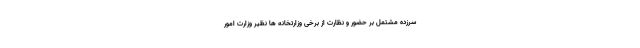
سرزده مشتمل بر حضور و نظارت از برخی وزارتخانه ها نظیر وزارت امور